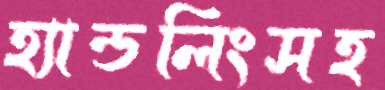
হ্যান্ডলিংসহ